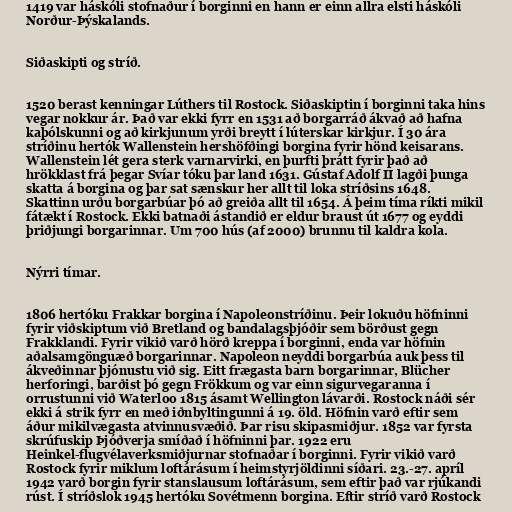
1419 var háskóli stofnaður í borginni en hann er einn allra elsti háskóli
Norður-Þýskalands.

Siðaskipti og stríð.

1520 berast kenningar Lúthers til Rostock. Siðaskiptin í borginni taka hins
vegar nokkur ár. Það var ekki fyrr en 1531 að borgarráð ákvað að hafna
kaþólskunni og að kirkjunum yrði breytt í lúterskar kirkjur. Í 30 ára
stríðinu hertók Wallenstein hershöfðingi borgina fyrir hönd keisarans.
Wallenstein lét gera sterk varnarvirki, en þurfti þrátt fyrir það að
hrökklast frá þegar Svíar tóku þar land 1631. Gústaf Adolf II lagði þunga
skatta á borgina og þar sat sænskur her allt til loka stríðsins 1648.
Skattinn urðu borgarbúar þó að greiða allt til 1654. Á þeim tíma ríkti mikil
fátækt í Rostock. Ekki batnaði ástandið er eldur braust út 1677 og eyddi
þriðjungi borgarinnar. Um 700 hús (af 2000) brunnu til kaldra kola.

Nýrri tímar.

1806 hertóku Frakkar borgina í Napoleonstríðinu. Þeir lokuðu höfninni
fyrir viðskiptum við Bretland og bandalagsþjóðir sem börðust gegn
Frakklandi. Fyrir vikið varð hörð kreppa í borginni, enda var höfnin
aðalsamgönguæð borgarinnar. Napoleon neyddi borgarbúa auk þess til
ákveðinnar þjónustu við sig. Eitt frægasta barn borgarinnar, Blücher
herforingi, barðist þó gegn Frökkum og var einn sigurvegaranna í
orrustunni við Waterloo 1815 ásamt Wellington lávarði. Rostock náði sér
ekki á strik fyrr en með iðnbyltingunni á 19. öld. Höfnin varð eftir sem
áður mikilvægasta atvinnusvæðið. Þar risu skipasmiðjur. 1852 var fyrsta
skrúfuskip Þjóðverja smíðað í höfninni þar. 1922 eru
Heinkel-flugvélaverksmiðjurnar stofnaðar í borginni. Fyrir vikið varð
Rostock fyrir miklum loftárásum í heimstyrjöldinni síðari. 23.-27. apríl
1942 varð borgin fyrir stanslausum loftárásum, sem eftir það var rjúkandi
rúst. Í stríðslok 1945 hertóku Sovétmenn borgina. Eftir stríð varð Rostock